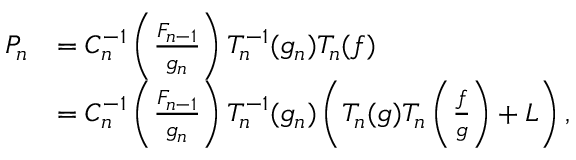
\begin{array} { r l } { P _ { n } } & { = C _ { n } ^ { - 1 } \left( \frac { F _ { n - 1 } } { g _ { n } } \right) T _ { n } ^ { - 1 } ( g _ { n } ) T _ { n } ( f ) } \\ & { = C _ { n } ^ { - 1 } \left( \frac { F _ { n - 1 } } { g _ { n } } \right) T _ { n } ^ { - 1 } ( g _ { n } ) \left( T _ { n } ( g ) T _ { n } \left( \frac { f } { g } \right) + L \right) , } \end{array}